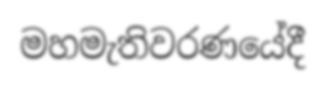
මහමැතිවරණයේදී